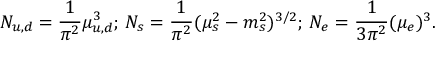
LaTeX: N _ { u , d } = \frac { 1 } { \pi ^ { 2 } } \mu _ { u , d } ^ { 3 } ; \, N _ { s } = \frac { 1 } { \pi ^ { 2 } } ( \mu _ { s } ^ { 2 } - m _ { s } ^ { 2 } ) ^ { 3 / 2 } ; \, N _ { e } = \frac { 1 } { 3 \pi ^ { 2 } } ( \mu _ { e } ) ^ { 3 } .